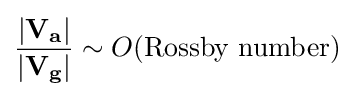
{|\mathbf {V_{a}} | \over |\mathbf {V_{g}} |}\sim O({\text{Rossby number}})